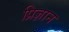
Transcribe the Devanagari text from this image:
प्रिज्ञान